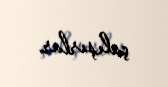
çalışırlar.